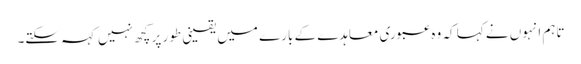
تاہم انہوں نے کہا کہ وہ عبوری معاہدے کے بارے میں یقینی طور پر کچھ نہیں کہہ سکتے۔